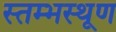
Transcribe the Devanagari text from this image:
स्तम्भस्थूण